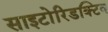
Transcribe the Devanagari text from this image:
साइटोरिडक्टिव